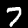
Label: 7